Papers set at the Examination for Leaving Certificates, 1892
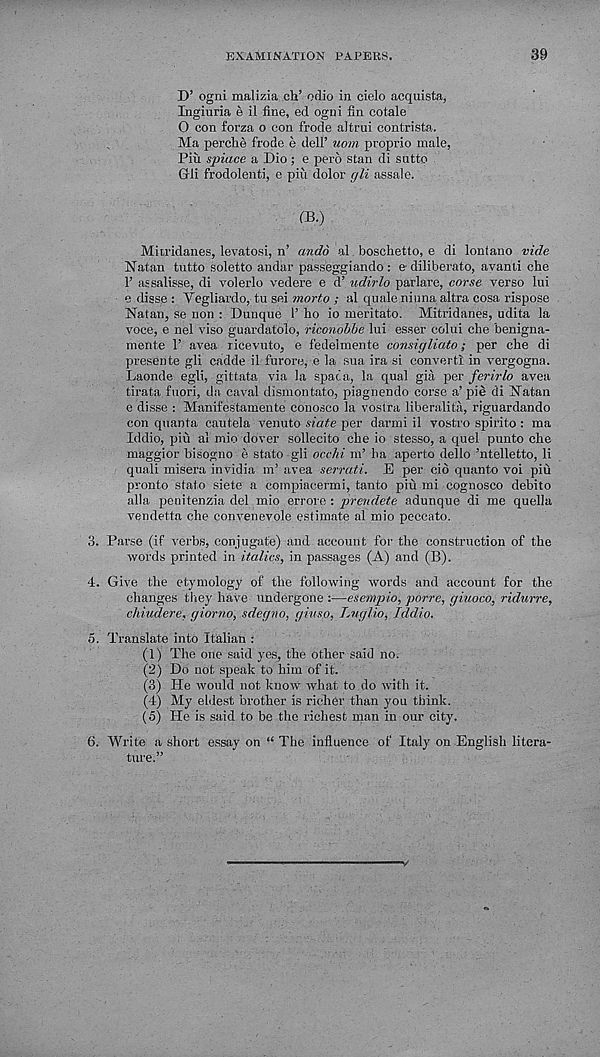
EXAMINATION PAPERS.
39
D’ ogni malizia eh’ odio in cielo acquista,
Ingiuria e il fine, ed ogni Sn cotale
0 con forza o con frode altrui contrista.
Ma perche frode e dell’ uom proprio male,
Pin spiace a Dio; e pero stan di sutto
Gli frodolenti, e piii dolor gli assale.
05.)
Miiridanes, levatosi, n’ andd al boschetto, e di lonfano vide
Natan tutto soletto andar passeggiando : e diliberato, avanti che
1’ assalisse, di volerlo vedere e d’ udirlo parlare, corse verso lui
e disse : Yegliardo, tu sei morto ; al quale niona altra cosa rispose
Natan, se non : Dunque 1’ ho io meritato. Mitridanes, udita la
voce, e nel viso guardatolo, riconobbe lui esser colui che benigna-
mente 1’ avea ricevuto, e fedeimente consigliato; per che di
presente gli cadde il furore, e la sua ira si convert! in vergogna.
Laonde egli, gittata via la spaca, la qual gia per ferirlo avea
tirata fuori, da caval dismontato, piagnendo corse a’ pie di Natan
e disse : Manifestamente couosco la vostra liberalita, riguardando
con quanta cautela venuto siate per darmi il vostro spirito : ma
Iddio, piu al mio dover sollecito che io stesso, a quel punto che
maggior hisogno e stato gli occhi m’ ha aperto dello ’ntelletto, li
quali misera invidia m’ avea serrati. E per cid quanto voi piu
pronto stato siete a compiacermi, tanto piu mi cognosco debito
alia jienitenzia del mio errore : prendete adunque di me quella
vendetta che convenevole estimate al mio peccato.
3. Parse (if verbs, conjugate) and account for the construction of the
words printed in italics, in passages (A) and (B).
4. Give the etymology of the following words and account for the
changes they have undergone :—esempio, porre, giuoco, ridurre,
chiudere, giorno, sdegno, giuso, Lug/io, Iddio.
5. Translate into Italian :
(1) The one said yes, the other said no.
(2) Do not speak to him of it.
(3) He would not know what to do with it.
(4) My eldest brother is richer than you think.
(5) He is said to be the richest man in our city.
6. Write a short essay on “ The influence of Italy on English litera-
ture.”